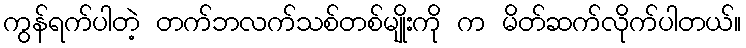
ကွန်ရက်ပါတဲ့ တက်ဘလက်သစ်တစ်မျိုးကို က မိတ်ဆက်လိုက်ပါတယ်။